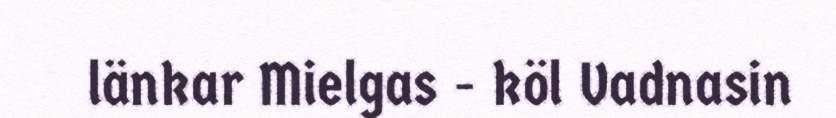
länkar Mielgas - köl Vadnasin